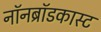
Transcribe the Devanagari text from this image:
नॉनब्रॉडकास्ट